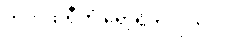
ဘက်ထရီကို ရှော့ရိုက်လိုက်ပါ။